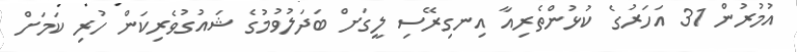
އުމުރުން 31 އަހަރުގެ ކުޅުންތެރިއާ އިނގިރޭސި ލީގަށް ބަދަލުވުމުގެ ޝައުގުވެރިކަން ހުރި ކަމަށް